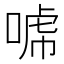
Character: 𰈈